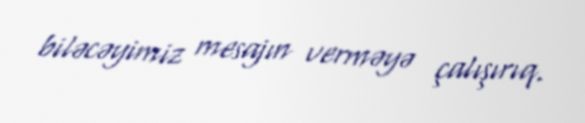
biləcəyimiz mesajın verməyə çalışırıq.